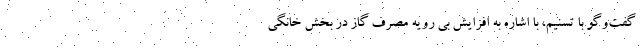
گفت‌وگو با تسنیم، با اشاره به افزایش بی رویه مصرف گاز در بخش خانگی